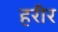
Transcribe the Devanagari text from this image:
हरीर